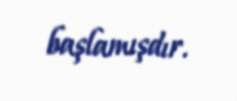
başlamışdır.